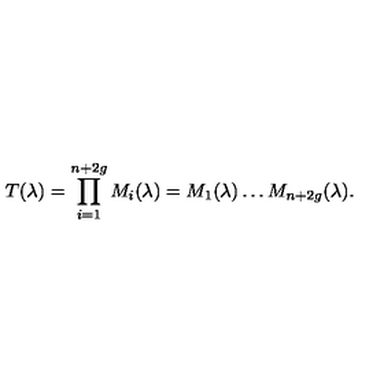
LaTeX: T ( \lambda ) = \prod _ { i = 1 } ^ { n + 2 g } { M _ { i } ( \lambda ) } = M _ { 1 } ( \lambda ) \dots M _ { n + 2 g } ( \lambda ) .